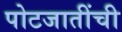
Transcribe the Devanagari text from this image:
पोटजातींची